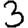
Digit: 3